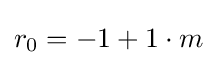
r_{0}=-1+1\cdot m